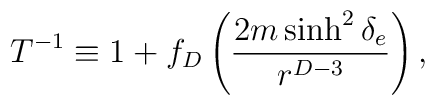
T^{-1}\equiv 1+f_D\left({{2m\sinh^2\delta_e}\over{r^{D-3}}}\right),